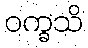
ဝက္ခသိ